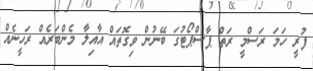
ފުރީ ހަމަ ރަސްމީ ރަތް ޕާސްޕޯޓުގަ ބޭނުން ވިގޮތައް އާއިލާ މެންބަރެއް ރަހީނެއް